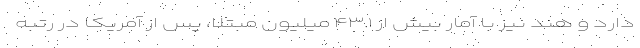
دارد و هند نیز با آمار بیش از ۴۳.۱ میلیون مبتلا، پس از آمریکا در رتبه